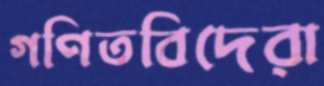
গণিতবিদেরা